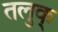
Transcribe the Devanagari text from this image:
तलुक्